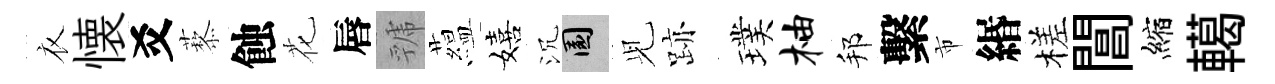
衣懐爻藜蝕花唇虢藴嬉沉園𫤗跡璞柚邦繫市緡槎閶縮轕